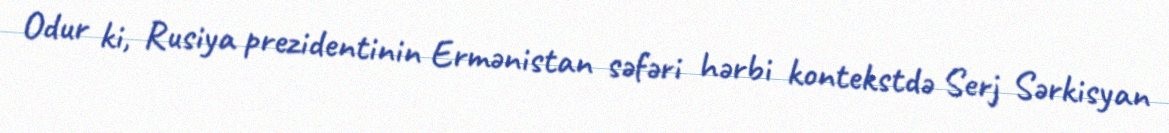
Odur ki, Rusiya prezidentinin Ermənistan səfəri hərbi kontekstdə Serj Sərkisyan